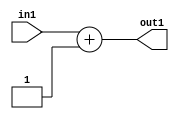
`timescale 1ps / 1ps
/*****************************************************************************
    Verilog RTL Description
    
    
    Created by: CellMath Designer 2019.1.01 
*******************************************************************************/

module finish_gen_Add2i1u32_1 (
	in1,
	out1
	); /* architecture "behavioural" */ 
input [31:0] in1;
output [31:0] out1;
wire [31:0] asc001;

assign asc001 = 
	+(in1)
	+(32'B00000000000000000000000000000001);

assign out1 = asc001;
endmodule

/* CADENCE  ubLxTwk= : u9/ySgnWtBlWxVPRXgAZ4Og= ** DO NOT EDIT THIS LINE ******/